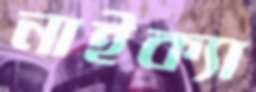
নাইক্যা